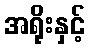
အရိုးနှင့်